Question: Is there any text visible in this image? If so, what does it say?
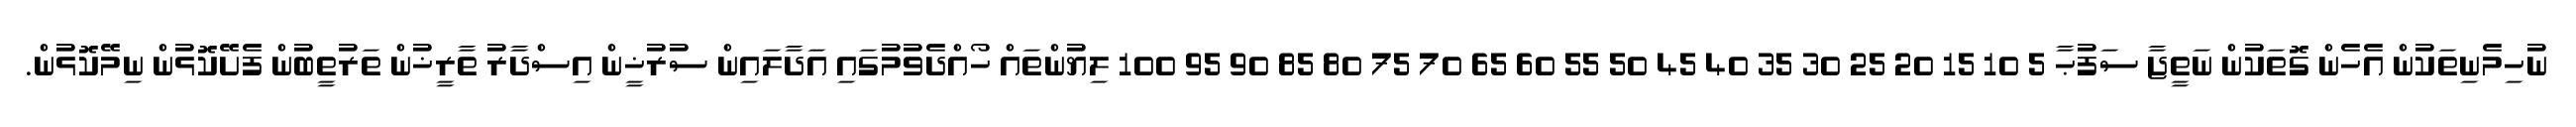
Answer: ނުހިމެނިތަކުން އެހެން ގޮތަކުން ނަތީޖާ ސަފުޙާ 5 10 15 20 25 30 35 40 45 50 55 60 65 70 75 80 85 90 95 100 ލިޔުންތައް ހޯއްދެވުމުގައި އަދާލައިން ސުރުޚީން އިސްދާރު ތާރީޚުން ތަރުތީބުން ފެށޭކޮޅުން ނިމޭކޮޅުން.